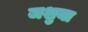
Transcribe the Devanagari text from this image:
जशुया